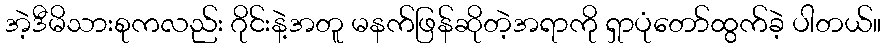
အဲ့ဒီမိသားစုကလည်း ဂိုင်းနဲ့အတူ မနက်ဖြန်ဆိုတဲ့အရာကို ရှာပုံတော်ထွက်ခဲ့ ပါတယ်။